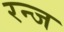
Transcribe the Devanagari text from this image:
रन्ज